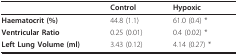
|  | Control | Hypoxic |
 | --- | --- | --- |
 | Haematocrit (%) | 44.8 (1.1) | 61.0 (0.4) * |
 | Ventricular Ratio | 0.25 (0.01) | 0.4 (0.02) * |
 | Left Lung Volume (ml) | 3.43 (0.12) | 4.14 (0.27) * |